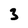
Character: 3